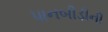
પાનબીડીની